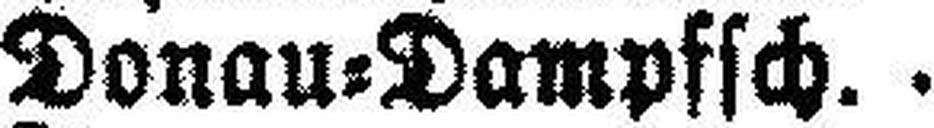
Donau=Dampfsch.